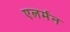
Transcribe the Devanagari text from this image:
एलर्मन